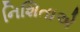
નિશિતાએ